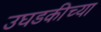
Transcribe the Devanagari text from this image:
उघडकीच्या